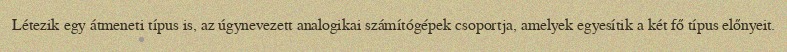
Létezik egy átmeneti típus is, az úgynevezett analogikai számítógépek csoportja, amelyek egyesítik a két fő típus előnyeit.